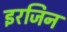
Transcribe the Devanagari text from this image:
इरजिन